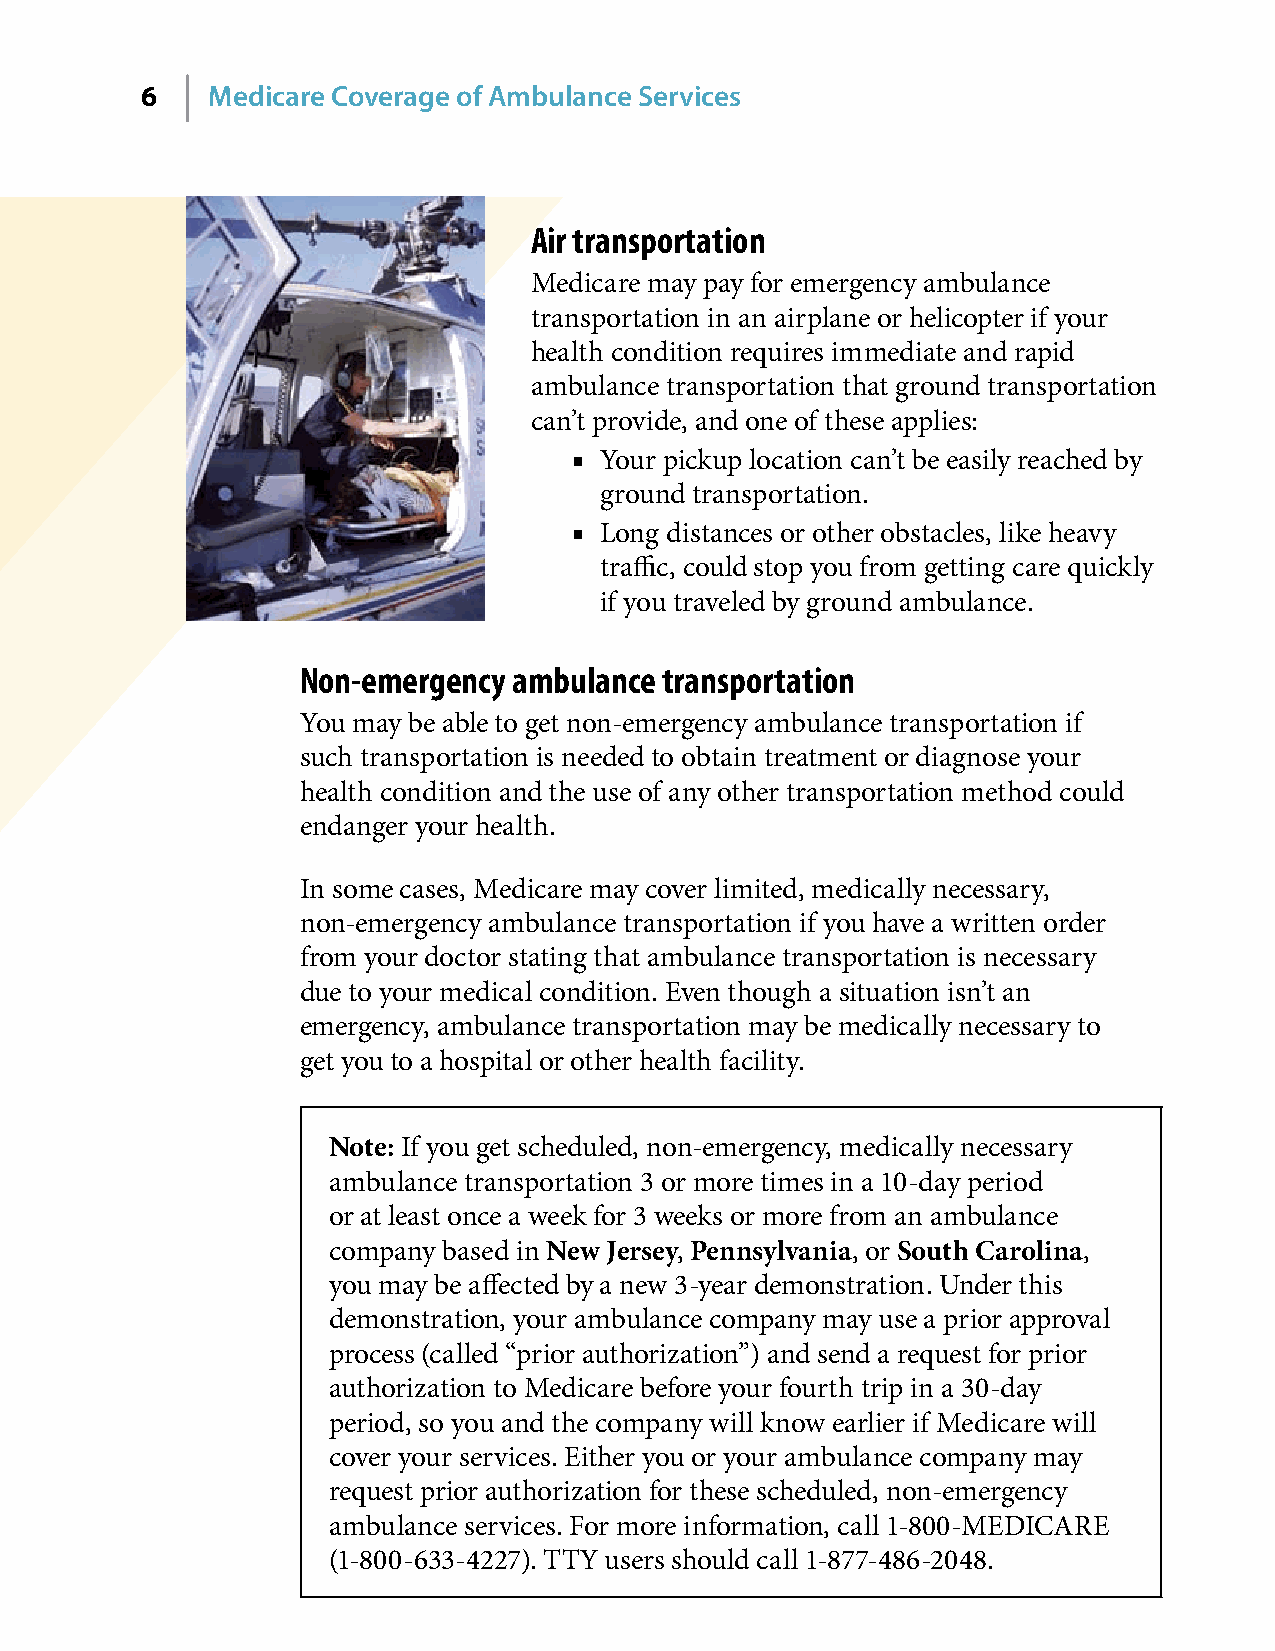
6    Medicare Coverage of Ambulance Services
 Air transportation
 Medicare may pay for emergency ambulance
 transportation in an airplane or helicopter if your
 health condition requires immediate and rapid
 ambulance transportation that ground transportation
 can’t provide, and one of these applies:
 ■ Your pickup location can’t be easily reached by
 ground transportation�
 ■ Long distances or other obstacles, like heavy
 traffic, could stop you from getting care quickly
 if you traveled by ground ambulance�
 Non-emergency ambulance transportation
 You may be able to get non-emergency ambulance transportation if
 such transportation is needed to obtain treatment or diagnose your
 health condition and the use of any other transportation method could
 endanger your health�
 In some cases, Medicare may cover limited, medically necessary,
 non-emergency ambulance transportation if you have a written order
 from your doctor stating that ambulance transportation is necessary
 due to your medical condition� Even though a situation isn’t an
 emergency, ambulance transportation may be medically necessary to
 get you to a hospital or other health facility�
 Note: If you get scheduled, non-emergency, medically necessary
 ambulance transportation 3 or more times in a 10-day period
 or at least once a week for 3 weeks or more from an ambulance
 company based in New Jersey, Pennsylvania, or South Carolina,
 you may be affected by a new 3-year demonstration� Under this
 demonstration, your ambulance company may use a prior approval
 process (called “prior authorization”) and send a request for prior
 authorization to Medicare before your fourth trip in a 30-day
 period, so you and the company will know earlier if Medicare will
 cover your services� Either you or your ambulance company may
 request prior authorization for these scheduled, non-emergency
 ambulance services� For more information, call 1-800-MEDICARE
 (1-800-633-4227)� TTY users should call 1-877-486-2048�